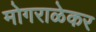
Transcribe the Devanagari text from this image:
मोगराळेकर